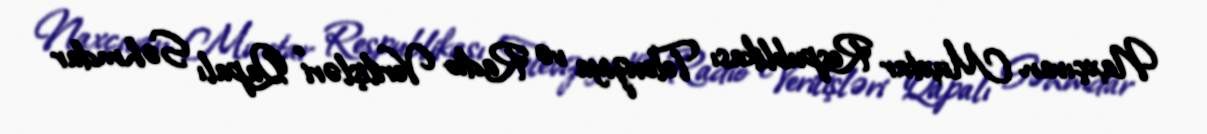
Naxçıvan Muxtar Respublikası Televiziya və Radio Verilişləri" Qapalı Səhmdar